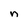
Character: n